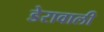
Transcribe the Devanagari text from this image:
डेरावाली